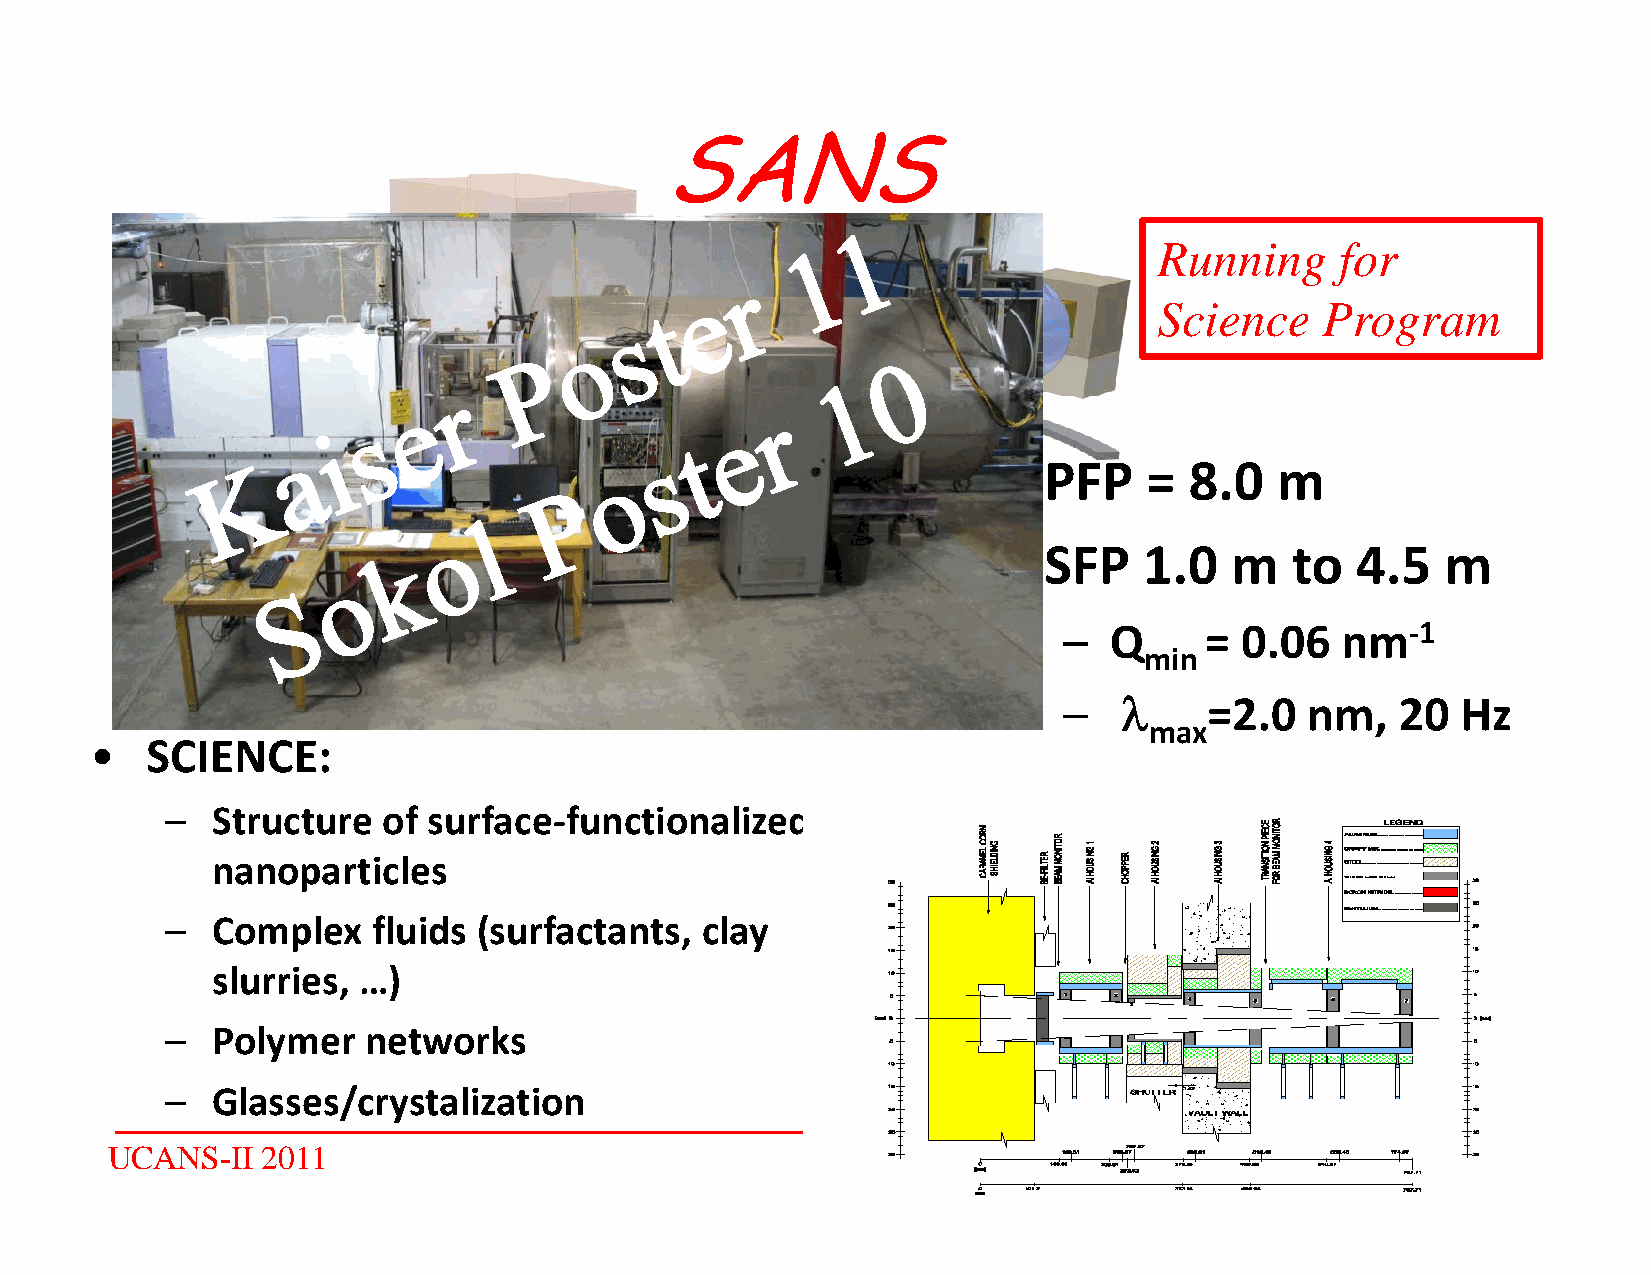
SANS
 Running     for
 Science   Program
 •   PFP    =  8.0   m
 ••  SSFFPP 11.00 mm ttoo 44.55 mm
 –  Q      = 0.06   nm‐1
 min
 ––      ==22.00 nnmm, 2200 HHzz
 max
 •   SCIENCE:
 –  Structure  of surface‐functionalized
 nnaannooppaarrttiicclleess
 –  Complex    fluids (surfactants, clay
 slurries, …)
 –  PPoollyymmeerr nneettwwoorrkkss
 –  Glasses/crystalization
 UCANS-II  2011                                                                 6 July 2011